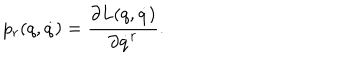
LaTeX: p _ { r } ( q , \dot { q } ) = \frac { \partial L ( q , \dot { q } ) } { \partial \dot { q } ^ { r } } .